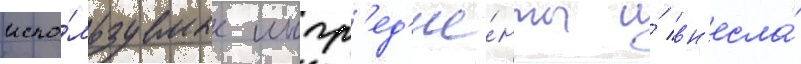
испо́льзуемые ингр'ед'ие́нты и́ вн'есла́